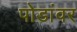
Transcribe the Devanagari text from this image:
पोडांवर